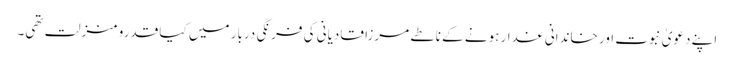
اپنے دعویٰ نبوت اور خاندانی غدار ہونے کے ناطے مرزا قادیانی کی فرنگی دربار میں کیا قدرو منزلت تھی۔